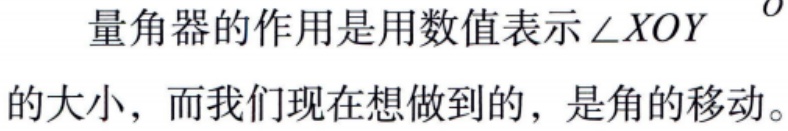
量角器的作用是用数值表示$\angle XOY$的大小，而我们现在想做到的，是角的移动。